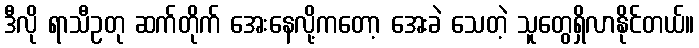
ဒီလို ရာသီဥတု ဆက်တိုက် အေးနေလို့ကတော့ အေးခဲ သေတဲ့ သူတွေရှိလာနိုင်တယ်။